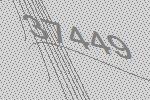
37449